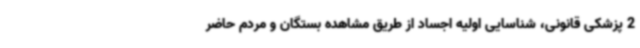
2 پزشکی قانونی، شناسایی اولیه اجساد از طریق مشاهده بستگان و مردم حاضر